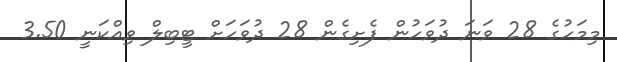
މިމަހުގެ 28 ވަނަ ދުވަހުން ފެށިގެން 28 ދުވަހަށް ޓީބިލް ވިއްކަނީ 3.50